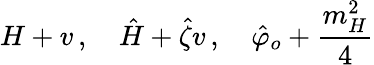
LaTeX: H+v\, ,\quad\hat{H}+\hat{\zeta}v\, ,\quad\hat{\varphi}_{o}+{\frac{m_{H}^{2}}{4}}